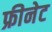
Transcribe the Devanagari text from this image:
फ्रीनेट